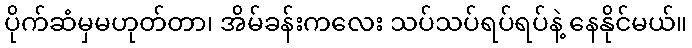
ပိုက်ဆံမှမဟုတ်တာ၊ အိမ်ခန်းကလေး သပ်သပ်ရပ်ရပ်နဲ့ နေနိုင်မယ်။